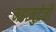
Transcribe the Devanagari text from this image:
महामुद्रेची